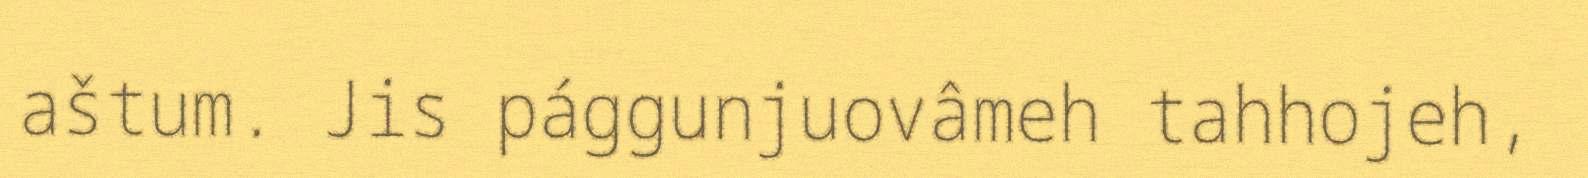
aštum. Jis pággunjuovâmeh tahhojeh,